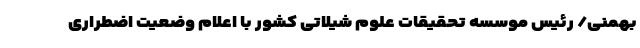
بهمنی/ رئیس موسسه تحقیقات علوم شیلاتی کشور با اعلام وضعیت اضطراری